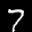
Label: 7